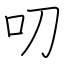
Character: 叨